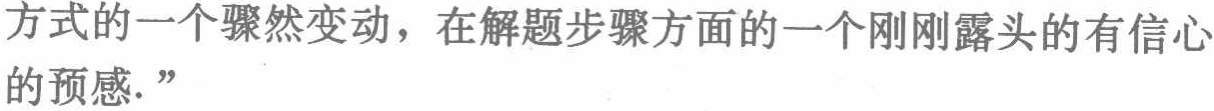
方式的一个骤然变动，在解题步骤方面的一个刚刚露头的有信心的预感.”